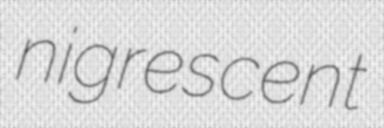
nigrescent